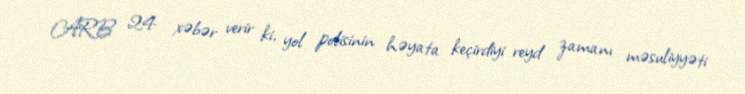
ARB 24 xəbər verir ki, yol polisinin həyata keçirdiyi reyd zamanı məsuliyyəti